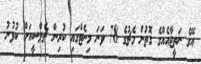
އޭގެ ނަތީޖާއެއްގެ ގޮތުން މެޗުގެ 78 ވަނަ މިނެޓްގައި ކުރިން ޗެލްސީއަށް ކުޅުނު